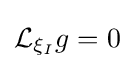
{\mathcal {L}}_{\xi _{I}}g=0